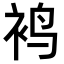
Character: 𬡍